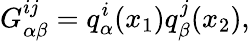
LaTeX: G_{\alpha\beta}^{ij}=q_{\alpha}^{i}(x_{1})q_{\beta}^{j}(x_{2}),